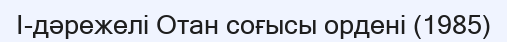
I-дәрежелі Отан соғысы ордені (1985)